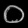
Digit: ၀